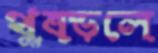
থুব্‌ড়লে